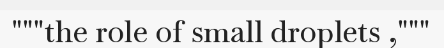
"""the role of small droplets ,"""